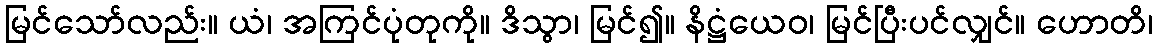
မြင်သော်လည်း။ ယံ၊ အကြင်ပုံတုကို။ ဒိသွာ၊ မြင်၍။ နိဋ္ဌံယေဝ၊ မြင်ပြီးပင်လျှင်။ ဟောတိ၊